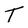
Character: T